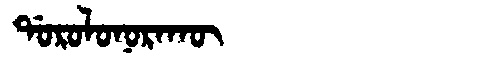
Manchu: ᡩᠣᡵᠣᠯᠣᠨᠣᡵᠠᡴᡡ
Romanization: DOROLONORAKŪ